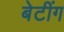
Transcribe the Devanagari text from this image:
बेटींग